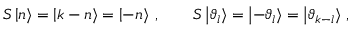
S \left| n \right\rangle = \left| k - n \right\rangle = \left| - n \right\rangle \: , \qquad S \left| \vartheta _ { l } \right\rangle = \left| - \vartheta _ { l } \right\rangle = \left| \vartheta _ { k - l } \right\rangle \, ,